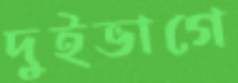
দুইভাগে